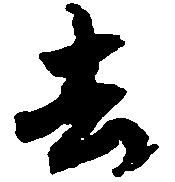
去